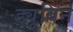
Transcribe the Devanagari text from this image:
ड्यूबिन